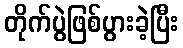
တိုက်ပွဲဖြစ်ပွားခဲ့ပြီး